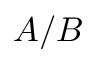
A / B